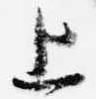
上